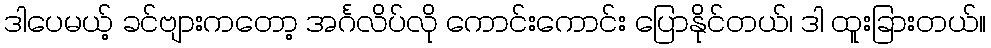
ဒါပေမယ့် ခင်ဗျားကတော့ အင်္ဂလိပ်လို ကောင်းကောင်း ပြောနိုင်တယ်၊ ဒါ ထူးခြားတယ်။